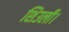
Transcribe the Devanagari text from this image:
शिउली।